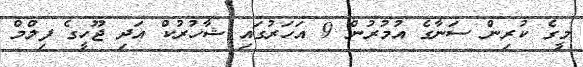
މީގެ ކުރިން ސަނާގެ އުމުރުން 9 އަހަރުގައި ޝާހުރުކް އަދި ޖޫހީގެ ފިލްމް